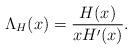
LaTeX: \begin{align*}\Lambda_H(x)=\frac{H(x)}{xH'(x)}.\end{align*}